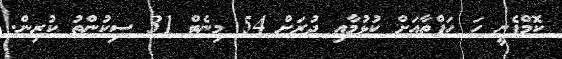
ކޮމްޕެނީ ހަ ހަފްތާއަށް ކުޅުމާއި ދުރަށް 54 މިނެޓް 31 ސިކުންތު ކުރިން.